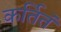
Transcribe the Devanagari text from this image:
कर्तितं